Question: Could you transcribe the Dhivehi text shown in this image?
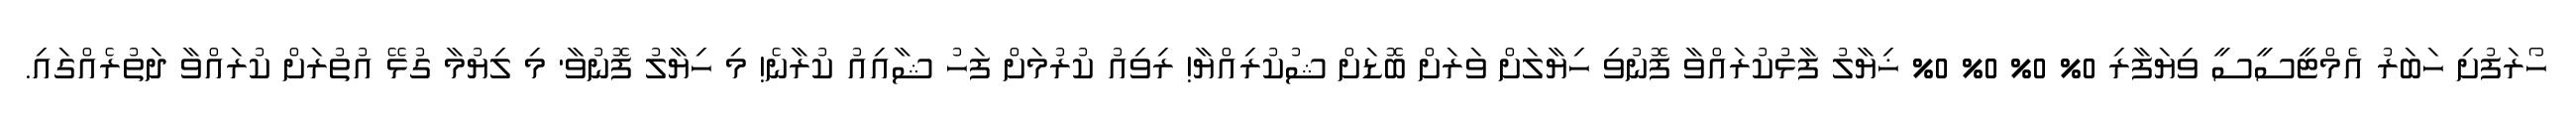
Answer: ހޯރަފުށި ހަބަރު އެމްޓީސީސީ ވިޔަފާރި 0% 0% 0% 0% ޚިޔާލު ފާޅުކުރައްވާ ފޮނުވި ހިޔާލަށް ވަރަށް ބޮޑަށް ޝުކުރިއްޔާ! ރިވިއު ކުރުމަށް ފަހު ޝާއިއު ކުރާނެ! މި ހިޔާލު ފޮނުވާ' މި ލިޔުމާ ގުޅޭ އުތުރަށް ކުރައްވާ ދަތުރެއްގައި.